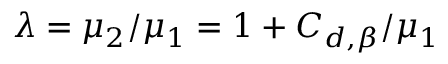
\lambda = \mu _ { 2 } / \mu _ { 1 } = 1 + C _ { d , \beta } / \mu _ { 1 }